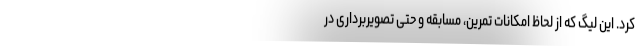
کرد. این لیگ که از لحاظ امکانات تمرین، مسابقه و حتی تصویربرداری در